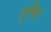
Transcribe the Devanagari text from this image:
दृष्ति